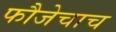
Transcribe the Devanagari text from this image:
फौजेचाच